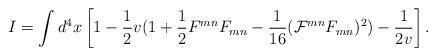
LaTeX: \begin{align*}I = \int d^4 x \left [1 - \frac{1}{2}v(1 + \frac{1}{2}F^{mn}F_{mn} -\frac{1}{16}( {\cal{F}} ^{mn} F_{mn})^2) - \frac{1}{2v}\right].\end{align*}